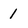
Character: 1